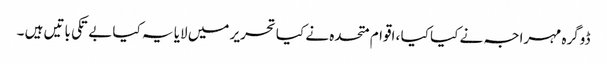
ڈوگرہ مہراجہ نے کیا کیا ، اقوام متحدہ نے کیا تحریر میں لایا یہ کیا بے تکی باتیں ہیں ۔